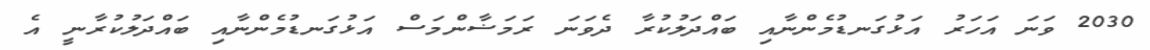
2030 ވަނަ އަހަރު އަޅުގަނޑުމެންނާއި ބައްދަލުކުރާ ދެވަނަ ރަމަޟާންމަސް އަޅުގަނޑުމެންނާއި ބައްދަލުކުރާނީ އެ